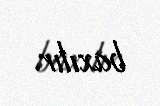
baxılır.